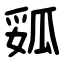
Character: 㼏